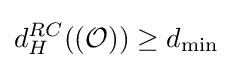
{d_{H}^{RC}}(({\mathcal {O}}))\geq {d_{\min }}